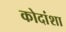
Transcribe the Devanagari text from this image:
कोदांशा